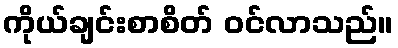
ကိုယ်ချင်းစာစိတ် ဝင်လာသည်။